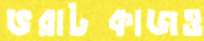
ভরাটকাজও